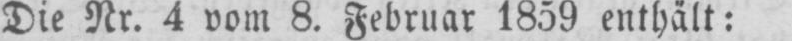
Die Nr. 4 vom 8. Februar 1859 enthält: